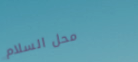
محل السلام